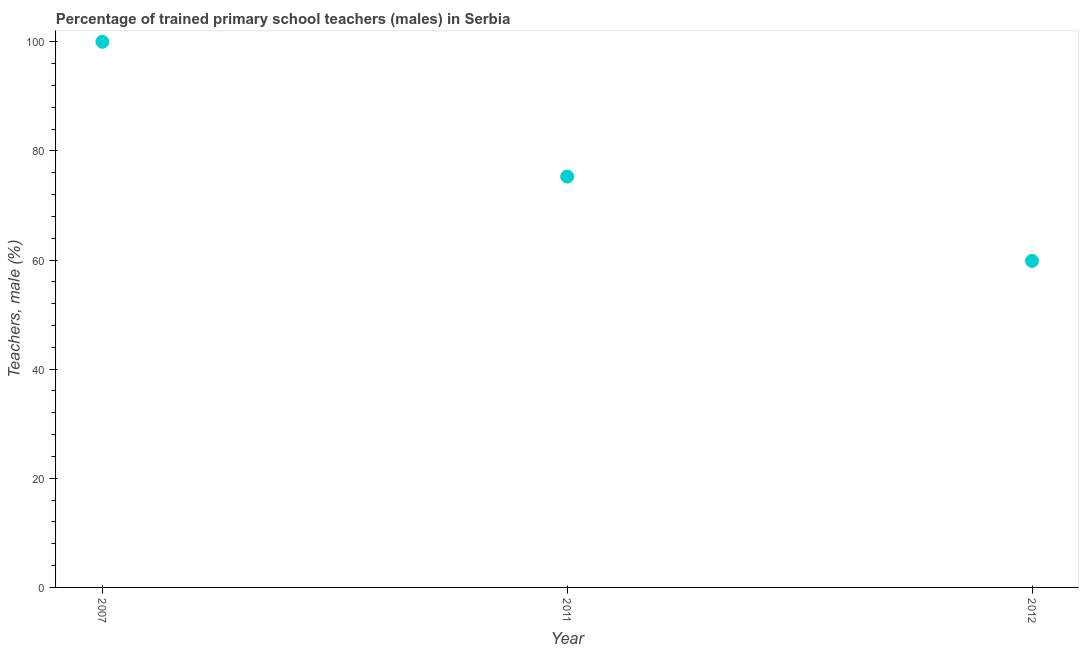
| Year | Trained teachers male |
 | --- | --- |
 | 2007 | 100 |
 | 2011 | 75.3 |
 | 2012 | 59.8 |